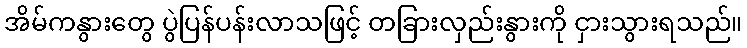
အိမ်ကနွားတွေ ပွဲပြန်ပန်းလာသဖြင့် တခြားလှည်းနွားကို ငှားသွားရသည်။